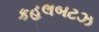
કહલબટઝ